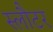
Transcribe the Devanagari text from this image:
स्लौटर